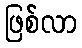
ဖြစ်လာ